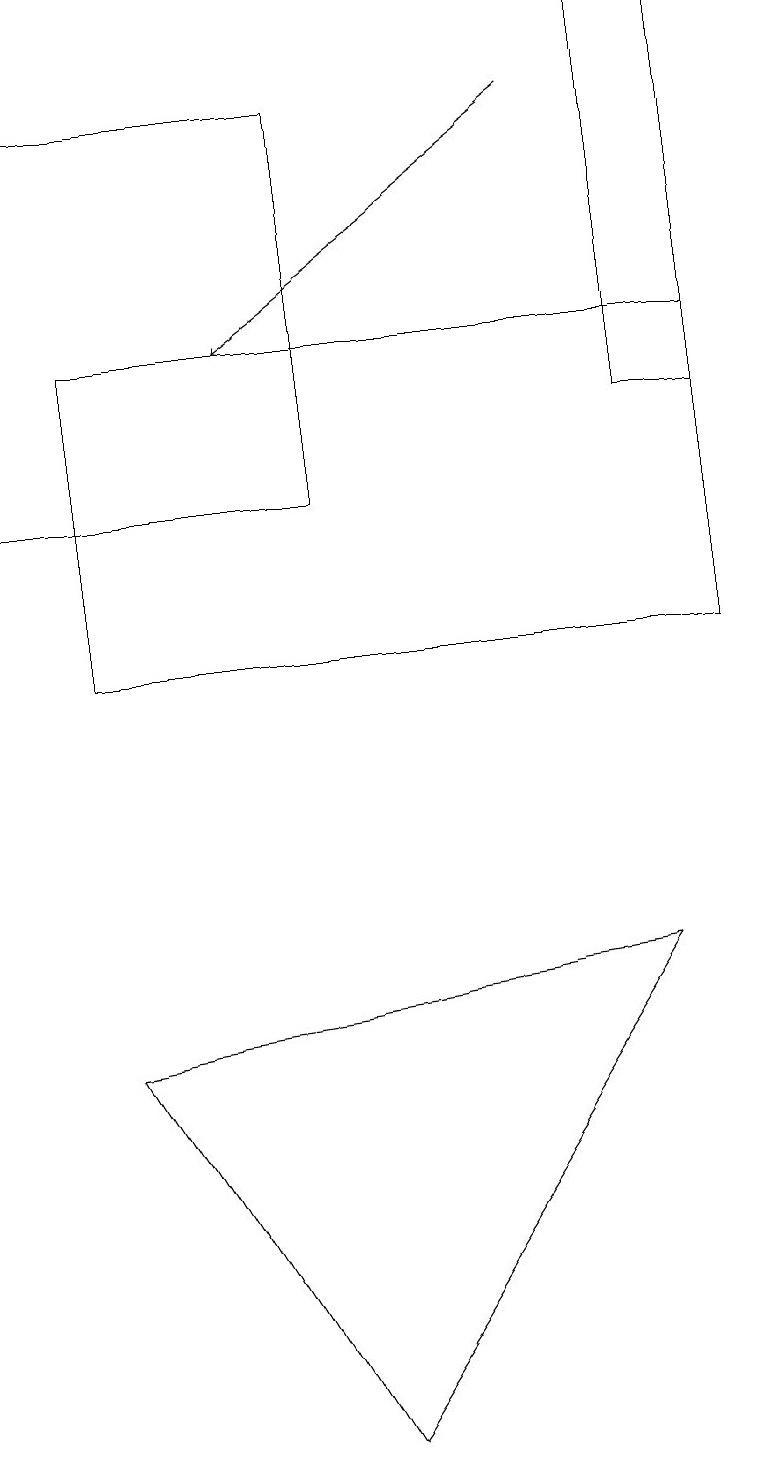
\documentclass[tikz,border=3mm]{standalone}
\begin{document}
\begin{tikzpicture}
\draw (1,15) rectangle (9,11);
\draw (4,18) rectangle (0,13);
\draw[->] (7,18) -- (3,15);
\draw (4,1) -- (1,6) -- (8,7) -- cycle;
\draw (9,14) rectangle (8,19);
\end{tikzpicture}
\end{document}